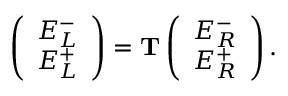
\begin{array} { r } { \left( \begin{array} { l } { E _ { L } ^ { - } } \\ { E _ { L } ^ { + } } \end{array} \right) = \mathbf T \left( \begin{array} { l } { E _ { R } ^ { - } } \\ { E _ { R } ^ { + } } \end{array} \right) . } \end{array}